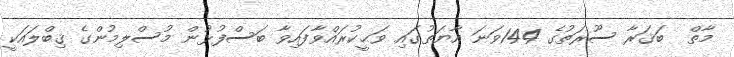
މާތް  ބަޤަރާ ސޫރަތުގެ 144ވަނަ އާޔަތުގައި ވަޙީކުރައްވާފައިވާ ބަސްފުޅުން މުސްލިމުންގެ ޤިބްލައަކީ